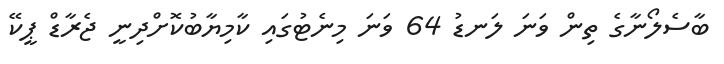
ބާސެލޯނާގެ ތިން ވަނަ ލަނޑު 64 ވަނަ މިނެޓުގައި ކާމިޔާބުކޮށްދިނީ ޖެރާޑް ޕީކޭ